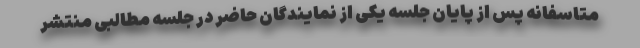
متاسفانه پس از پایان جلسه یکی از نمایندگان حاضر در جلسه مطالبی منتشر